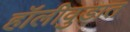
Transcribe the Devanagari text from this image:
हॉलीवुडात